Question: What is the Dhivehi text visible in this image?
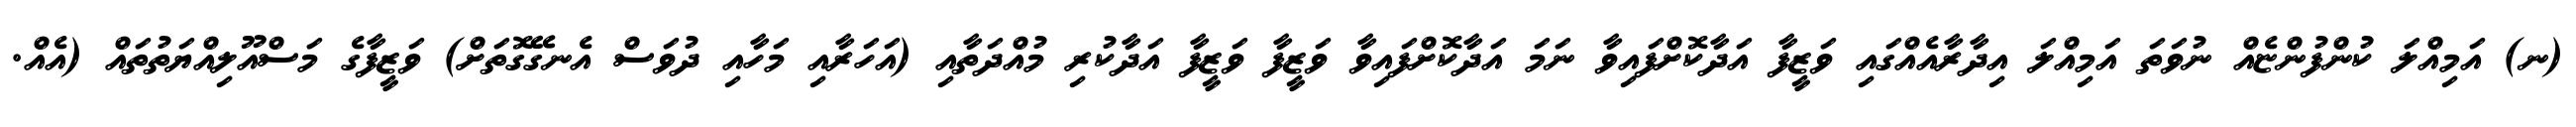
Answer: (ނ) އަމިއްލަ ކުންފުންޏެއް ނުވަތަ އަމިއްލަ އިދާރާއެއްގައި ވަޒީފާ އަދާކޮށްފައިވާ ނަމަ އަދާކޮށްފައިވާ ވަޒީފާ ވަޒީފާ އަދާކުރި މުއްދަތާއި (އަހަރާއި މަހާއި ދުވަސް އެނގޭގޮތަށް) ވަޒީފާގެ މަސްއޫލިއްޔަތުތައް (އެއް.